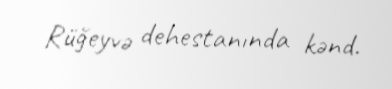
Rüğeyvə dehestanında kənd.